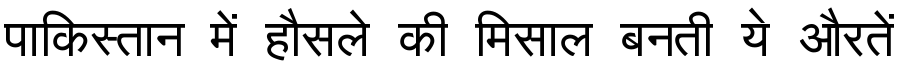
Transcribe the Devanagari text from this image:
पाकिस्तान में हौसले की मिसाल बनती ये औरतें